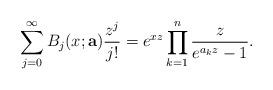
LaTeX: \begin{align*}\sum_{j=0}^{\infty} B_{j}(x;\mathbf{a}) \frac{z^{j}}{j!} = e^{xz} \prod_{k=1}^{n} \frac{z}{e^{a_{k}z} - 1}.\end{align*}